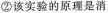
②该实验的原理是消